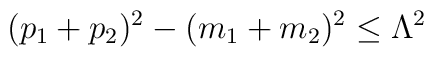
(p_1+p_2)^2-( m_1+m_2)^2 \le \Lambda^2 \,